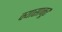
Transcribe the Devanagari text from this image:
क्यासानूर